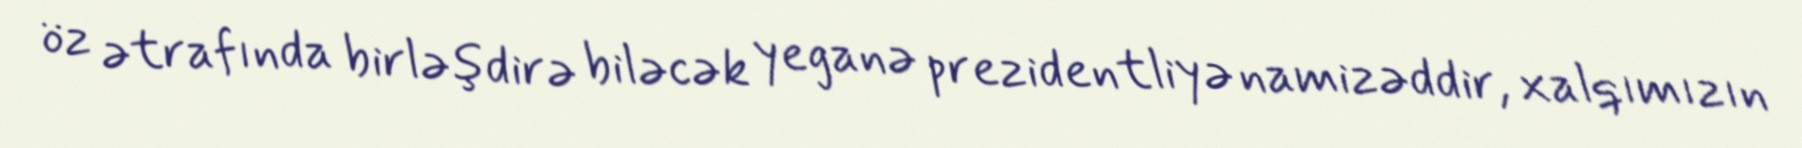
öz ətrafında birləşdirə biləcək yeganə prezidentliyə namizəddir, xalqımızın